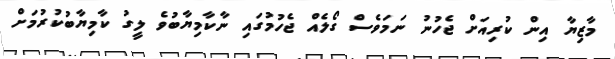
މާޒިޔާ އިން ކުރިއަށް ޖެހުނު ނަމަވެސް ގޯލެއް ޖެހުމުގައި ނާކާމިޔާބުވެ ލީގު ކާމިޔާބުކުރުމަށް